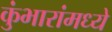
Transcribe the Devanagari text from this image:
कुंभारांमध्ये